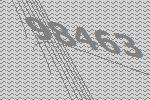
98463